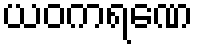
ယဝကရဏေ